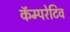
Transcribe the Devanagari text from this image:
कॅम्परेटिव